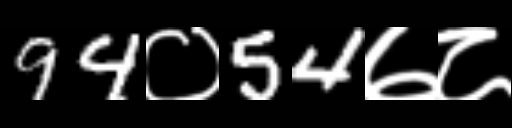
Text: 94०54७८